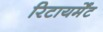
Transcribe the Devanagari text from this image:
रिटायर्मेंट